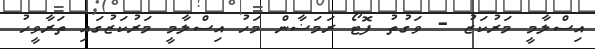
އިސްލާމީ މަރުކަޒު - ވަގުތު ފޮޓޯ ރަމަޟާން މަހު އިސްލާމީ މަރުކަޒުގައި ތަރާވީހު